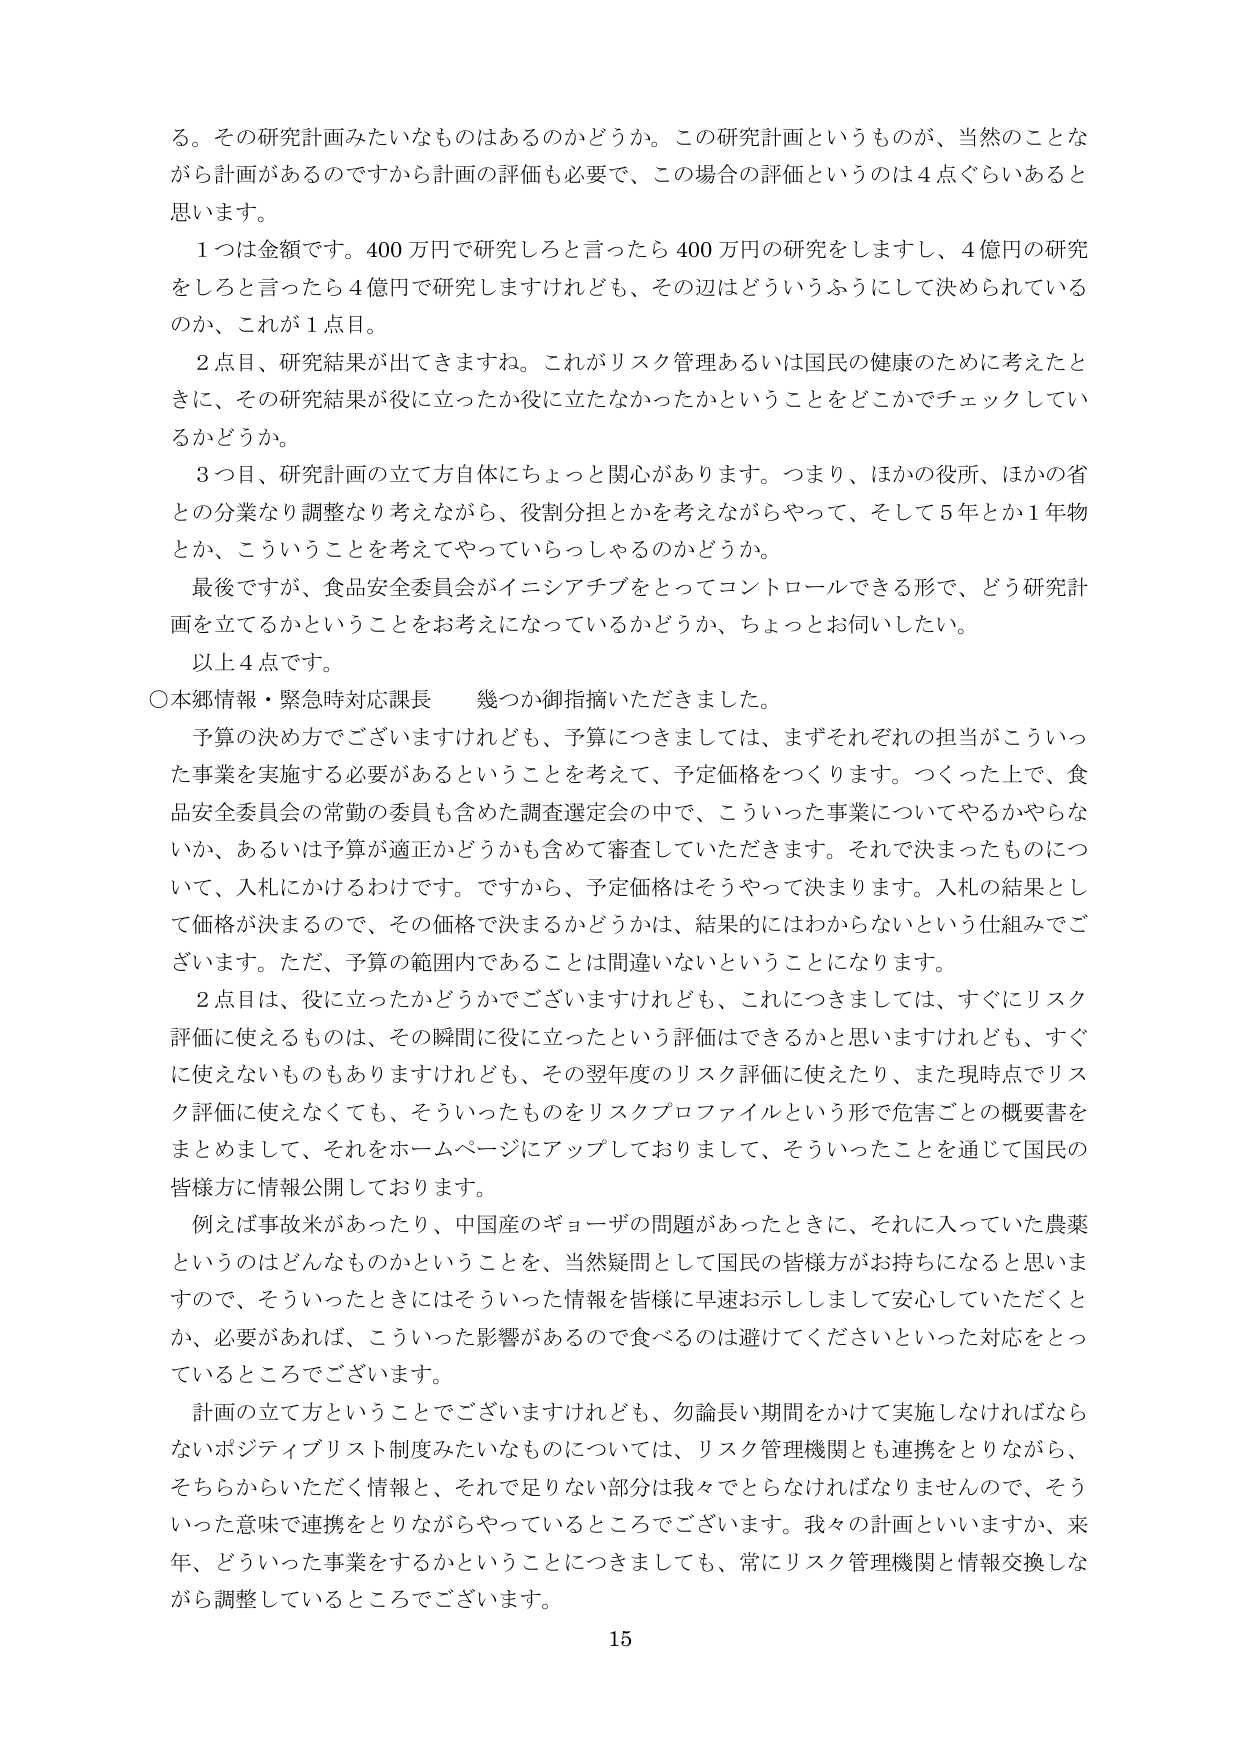
る。その研究計画みたいなものはあるのかどうか。この研究計画というものが、当然のことながら計画があるのですから計画の評価も必要で、この場合の評価というのは４点ぐらいあると思います。

１つは金額です。400万円で研究しろと言ったら400万円の研究をしますし、4億円の研究をしろと言ったら4億円で研究しますけれども、その辺はどういうふうにして決められているのか、これが１点目。

２点目、研究結果が出てきますね。これがリスク管理あるいは国民の健康のために考えたときに、その研究結果が役に立ったか役に立たなかったかということをどこかでチェックしているかどうか。

３つ目、研究計画の立て方自体にちょっと関心があります。つまり、ほかの役所、ほかの省との分業なり調整なり考えながら、役割分担とかを考えながらやって、そして５年とか１年物とか、こういうことを考えてやっていらっしゃるのかどうか。

最後ですが、食品安全委員会がイニシアチブをとってコントロールできる形で、どう研究計画を立てるかということをお考えになっているかどうか、ちょっとお伺いしたい。

以上４点です。

○本郷情報・緊急時対応課長　幾つか御指摘いただきました。

予算の決め方でございますけれども、予算につきましては、まずそれぞれの担当がこういった事業を実施する必要があるということを考えて、予定価格をつくります。つくった上で、食品安全委員会の常勤の委員も含めた調査選定会の中で、こういった事業についてやるかやらないか、あるいは予算が適正かどうかも含めて審査していただきます。それで決まったものについて、入札にかけるわけです。ですから、予定価格はそうやって決まります。入札の結果として価格が決まるので、その価格で決まるかどうかは、結果的にはわからないという仕組みでございます。ただ、予算の範囲内であることは間違いないということになります。

２点目は、役に立ったかどうかでございますけれども、これにつきましては、すぐにリスク評価に使えるものは、その瞬間に役に立ったという評価はできるかと思いますけれども、すぐに使えないものもありますけれども、その翌年度のリスク評価に使えたり、また現時点でリスク評価に使えなくても、そういったものをリスクプロファイルという形で危害ごとの概要書をまとめまして、それをホームページにアップしておりまして、そういったことを通じて国民の皆様方に情報公開しております。

例えば事故米があったり、中国産のギョーザの問題があったときに、それに入っていた農薬というのはどんなものかということを、当然疑問として国民の皆様方がお持ちになると思いますので、そういったときにはそういった情報を皆様に早速お示ししまして安心していただくとか、必要があれば、こういった影響があるので食べるのを避けてくださいといった対応をとっているところでございます。

計画の立て方ということでございますけれども、勿論長い期間をかけて実施しなければならないポジティブリスト制度みたいなものについては、リスク管理機関とも連携をとりながら、そちらからいただく情報と、それで足りない部分は我々でとらなければなりませんので、そういった意味で連携をとりながらやっているところでございます。我々の計画といいますか、来年、どういった事業をするかということにつきましても、常にリスク管理機関と情報交換しながら調整しているところでございます。

15